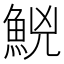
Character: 𩷇